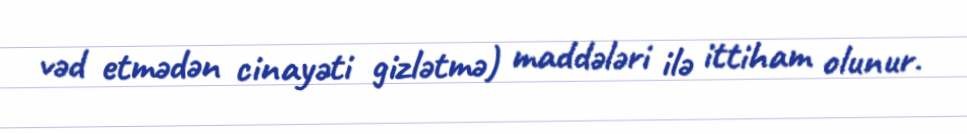
vəd etmədən cinayəti gizlətmə) maddələri ilə ittiham olunur.